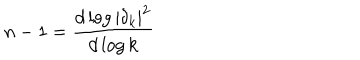
LaTeX: n - 1 = \frac { d \log | \delta _ { k } | ^ { 2 } } { d \log k }